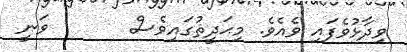
ވިދާޅުވެފައި ވެއެވެ. މިޙަދީޘުގައިވެސް       ވަނީ